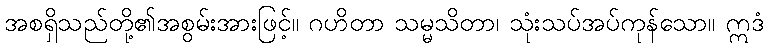
အစရှိသည်တို့၏အစွမ်းအားဖြင့်။ ဂဟိတာ သမ္မသိတာ၊ သုံးသပ်အပ်ကုန်သော။ ဣဒံ